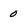
Character: 0